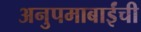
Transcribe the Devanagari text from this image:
अनुपमाबाईंची